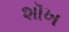
શૉખ